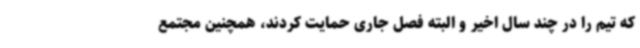
که تیم را در چند سال اخیر و البته فصل جاری حمایت کردند، همچنین مجتمع